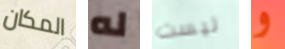
المكان له ليست و